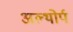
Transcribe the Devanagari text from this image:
अल्थोर्प